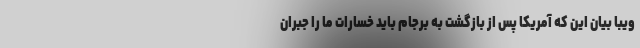
ویبا بیان این که آمریکا پس از بازگشت به برجام باید خسارات ما را جبران